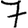
Digit: 7